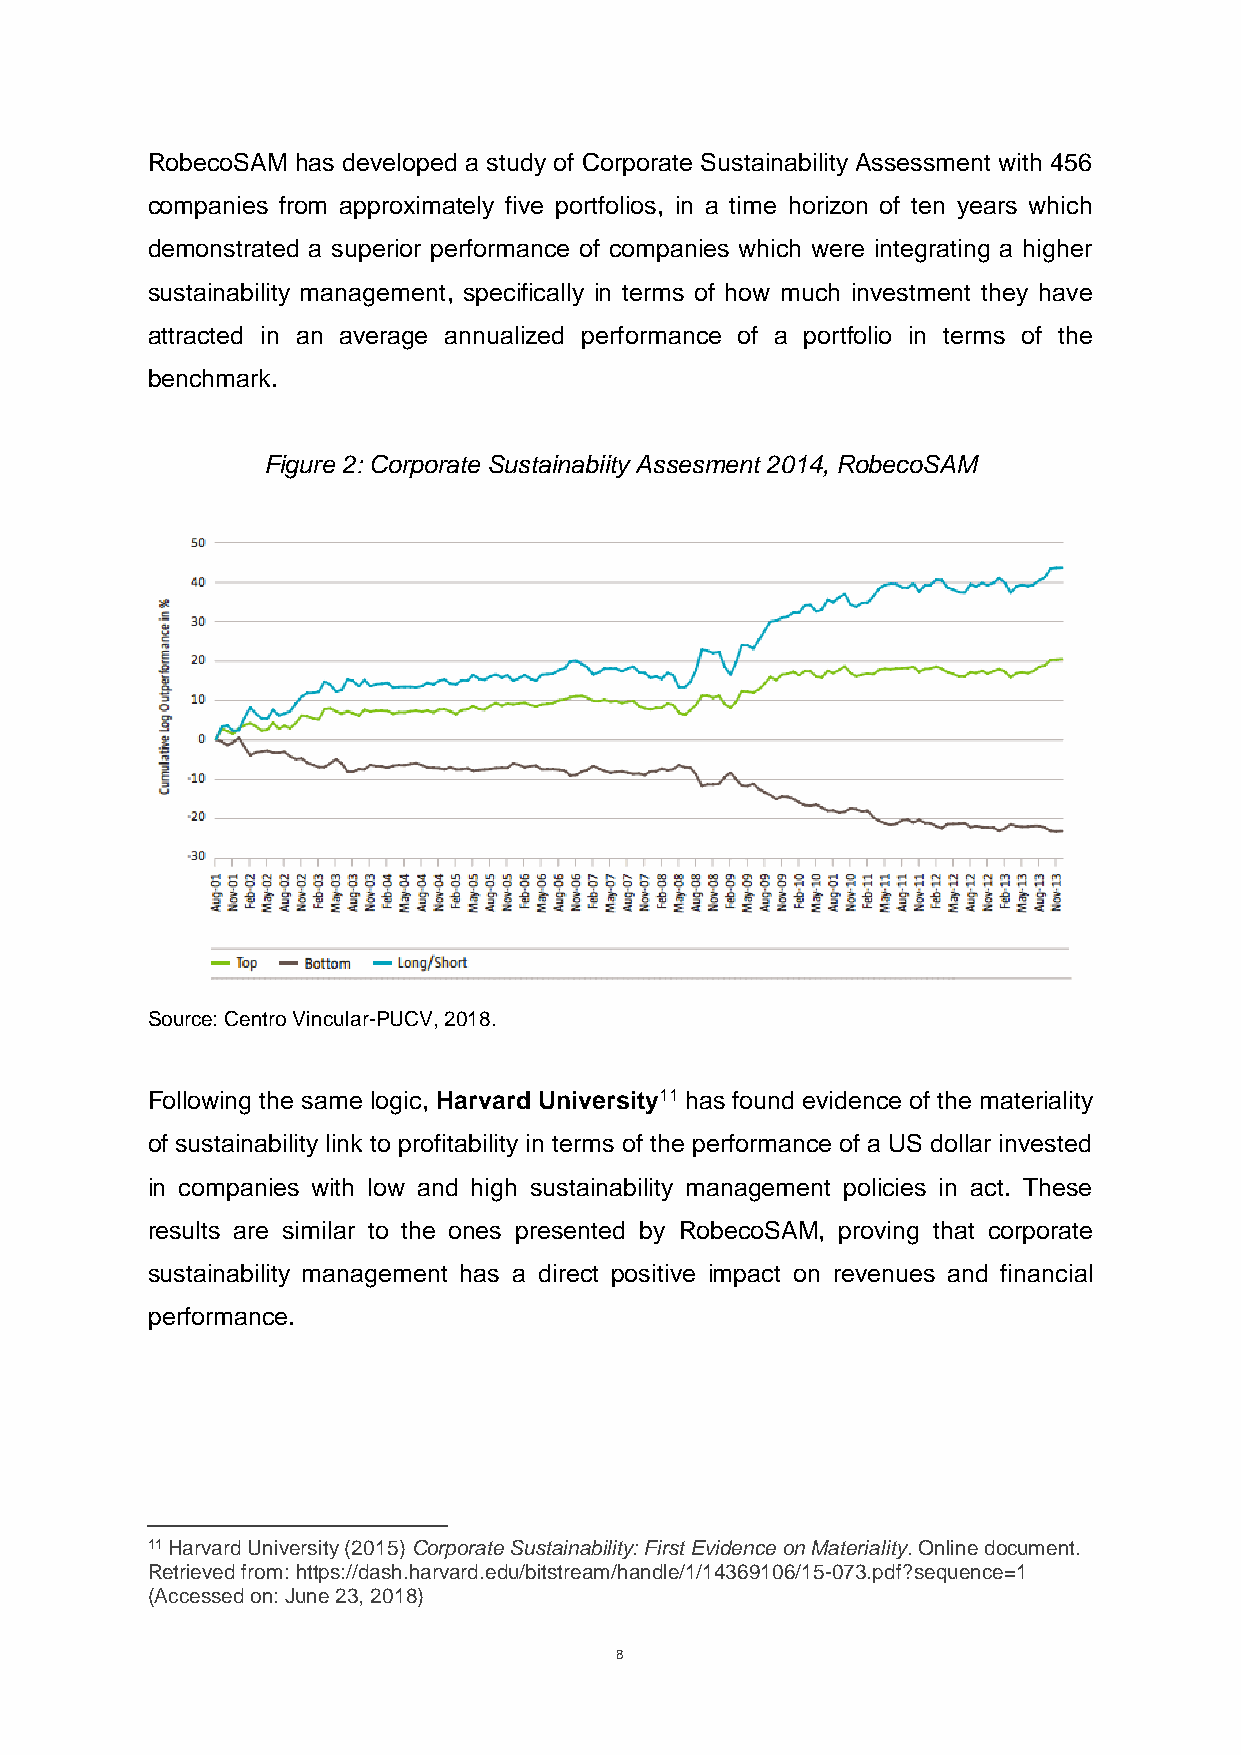
RobecoSAM has developed a study of Corporate Sustainability Assessment with 456
 companies from approximately five portfolios, in a time horizon of ten years which
 demonstrated a superior performance of companies which were integrating a higher
 sustainability management, specifically in terms of how much investment they have
 attracted in an average annualized performance of a portfolio in terms of the
 benchmark.
 Figure 2: Corporate Sustainabiity Assesment 2014, RobecoSAM
 Source: Centro Vincular-PUCV, 2018.
 Following the same logic, Harvard University11 has found evidence of the materiality
 of sustainability link to profitability in terms of the performance of a US dollar invested
 in companies with low and high sustainability management policies in act. These
 results are similar to the ones presented by RobecoSAM, proving that corporate
 sustainability management has a direct positive impact on revenues and financial
 performance.
 11 Harvard University (2015) Corporate Sustainability: First Evidence on Materiality. Online document.
 Retrieved from: https://dash.harvard.edu/bitstream/handle/1/14369106/15-073.pdf?sequence=1
 (Accessed on: June 23, 2018)
 8